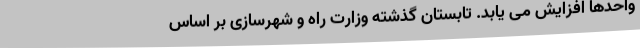
واحدها افزایش می یابد. تابستان گذشته وزارت راه و شهرسازی بر اساس